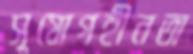
সুযোগহীনতা